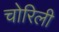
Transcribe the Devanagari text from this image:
चोरिली